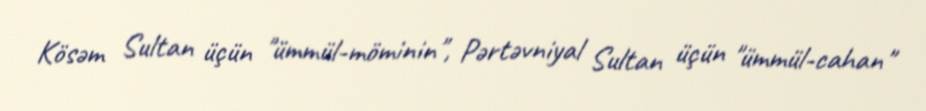
Kösəm Sultan üçün "ümmül-möminin", Pərtəvniyal Sultan üçün "ümmül-cahan"